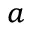
^ a